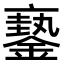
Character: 𨬇